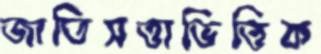
জাতিসত্তাভিত্তিক